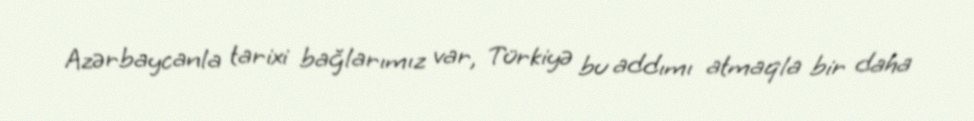
Azərbaycanla tarixi bağlarımız var, Türkiyə bu addımı atmaqla bir daha